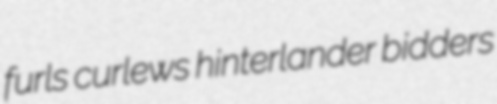
furls curlews hinterlander bidders